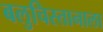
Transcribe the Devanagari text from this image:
बलुचिस्तानाला